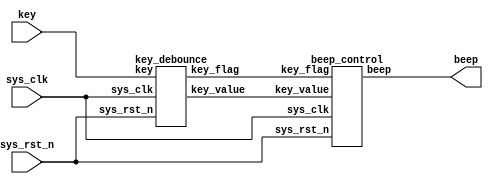
module key_beep(
    input      sys_clk,
    input      sys_rst_n,
    input      key,
    output     beep
);

wire key_value;
wire key_flag;


key_debounce u_key_debounce(
    .sys_clk        (sys_clk),
    .sys_rst_n      (sys_rst_n),
    .key            (key),
    .key_flag       (key_flag),
    .key_value      (key_value)
);

beep_control u_beep_control(
    .sys_clk        (sys_clk),
    .sys_rst_n      (sys_rst_n),
    .key_value      (key_value),
    .key_flag       (key_flag),
    .beep           (beep)
);

endmodule

module key_debounce(
    input       sys_clk,
    input       sys_rst_n,
    input       key,
    output  reg key_flag,           //
    output  reg key_value           //
);

reg [31:0]  delay_cnt;
reg         key_reg;

always @(posedge sys_clk or negedge sys_rst_n) begin
    if(!sys_rst_n) begin
        key_reg     <= 1'b1;                            //
        delay_cnt   <= 32'd0;
    end
    else begin
       key_reg  <= key;                                 //
       if(key_reg!=key)                                 //
            delay_cnt <= 32'd1_000_000;                 //20ms
        else if(key_reg==key) begin                     //20ms
            if(delay_cnt>32'd0)
                delay_cnt <= delay_cnt -1'b1;
            else
                delay_cnt <= delay_cnt; 
        end
    end
end

always @(posedge sys_clk or negedge sys_rst_n) begin
    if(!sys_rst_n) begin
        key_flag    <= 1'b0;
        key_value   <= 4'b1;
    end
    else begin
       if(delay_cnt==32'd1) begin                       //20ms
           key_flag     <= 1'b1;                        //
           key_value    <= key;                         //
       end 
       else begin
           key_flag     <= 1'b0;                        //
           key_value    <= key_value;                   //
       end
    end
end
endmodule

module beep_control(
    input       sys_clk,
    input       sys_rst_n,
    input       key_flag,
    input       key_value,
    output  reg beep
);

always @(posedge sys_clk or negedge sys_rst_n) begin
    if(!sys_rst_n)
        beep <= 1'b1;                                   //
    else if(key_flag&&(~key_value))                     //
        beep <= ~beep;                                  //
end
endmodule